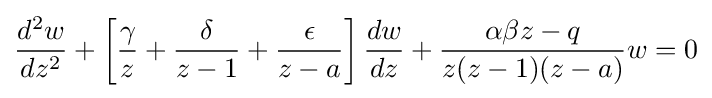
{\frac {d^{2}w}{dz^{2}}}+\left[{\frac {\gamma }{z}}+{\frac {\delta }{z-1}}+{\frac {\epsilon }{z-a}}\right]{\frac {dw}{dz}}+{\frac {\alpha \beta z-q}{z(z-1)(z-a)}}w=0